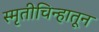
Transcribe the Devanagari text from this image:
स्मृतीचिन्हातून